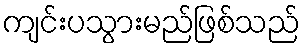
ကျင်းပသွားမည်ဖြစ်သည်